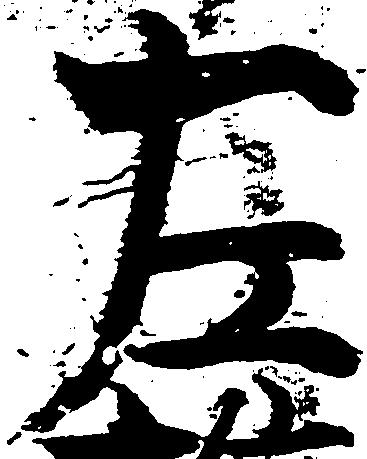
左